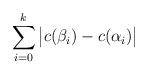
LaTeX: \begin{align*}\sum_{i=0}^k\big|c(\beta_i)-c(\alpha_i)\big|\end{align*}